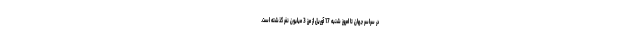
در سراسر جهان تا امروز شنبه 17 آوریل از مرز 3 میلیون نفر گذشته است.